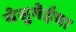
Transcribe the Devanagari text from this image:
येसुगेईचा